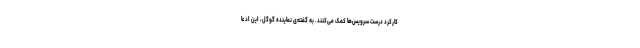
کارکرد درست سرویس‌ها کمک می‌کنند. به گفته‌ی نماینده‌ گوگل، این ادعا